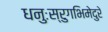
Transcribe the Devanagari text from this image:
धनुःस्रुगभिमेदुरे